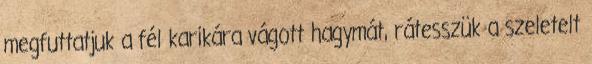
megfuttatjuk a fél karikára vágott hagymát, rátesszük a szeletelt